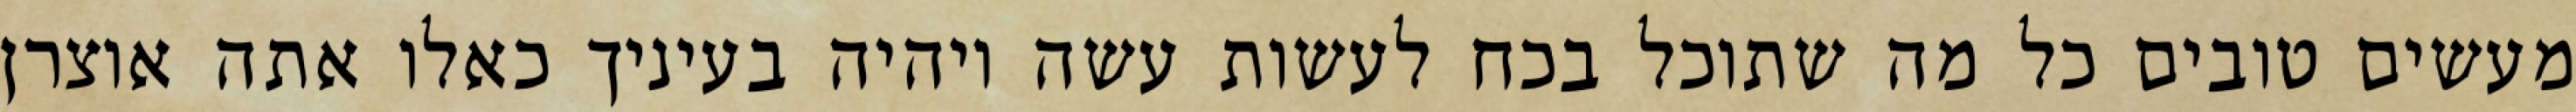
מעשים טובים כל מה שתוכל בכח לעשות עשה ויהיה בעיניך כאלו אתה אוצרן